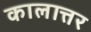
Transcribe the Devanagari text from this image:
कालात्तर